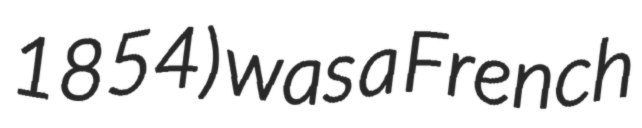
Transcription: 1854) was a French